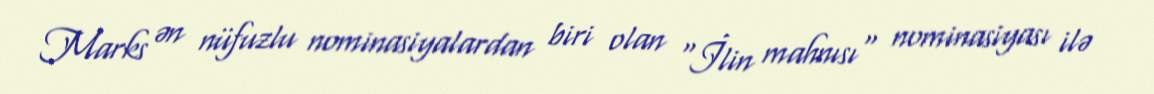
Marks ən nüfuzlu nominasiyalardan biri olan "İlin mahnısı" nominasiyası ilə